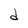
Character: d